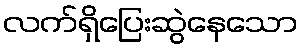
လက်ရှိပြေးဆွဲနေသော